Report of the veterinary officer investigating camel disease
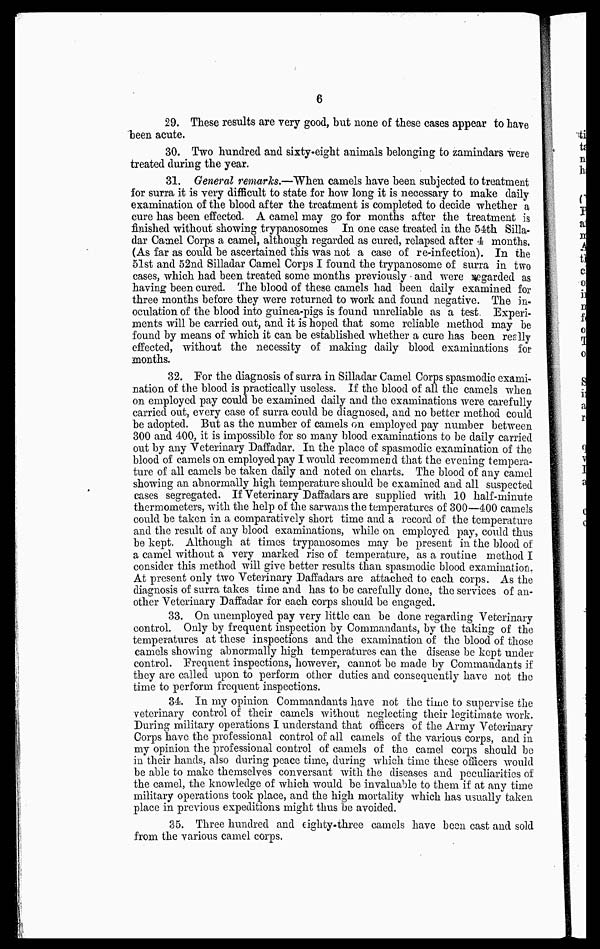
6
29. These results are very good, but none of these oases appear to have
been acute.
30. Two hundred and sixty-eight animals belonging to zaniindars were
treated during the year.
31. General remarks.—"When camels have been subjected to treatment
for surra it is very difficult to state for how long it is necessary to make daily
examination of the blood after the treatment is completed to decide whether a
cure has been effected. A camel may go for months after the treatment is
finished without showing trypanosomes In one case treated in the 54th Silla-
dar Camel Corps a camel, although regarded as cured, relapsed after 4 months.
(As far as could be ascertained this was not a case of re-infection). In the
51st and 52nd Silladar Camel Corps I found the trypanosome of surra in two
cases, which had been treated some months previously and were regarded as
having been cured. The blood of these camels had been daily examined for
three months before they were returned to work and found negative. The in-
oculation of the blood into guinea-pigs is found unreliable as a test Experi-
ments will be carried out, and it is hoped that some reliable method may be
found by means of which it can be established whether a cure has been reslly
effected, without the necessity of making daily blood examinations for
months.
32. For the diagnosis of surra in Silladar Camel Corps spasmodic exami-
nation of the blood is practically useless. If the blood of all the camels when
on employed pay could be examined daily and the examinations were carefully
carried out, every case of surra could be diagnosed, and no better method could
be adopted. But as the number of camels on employed pay number between
300 and 400, it is impossible for so many blood examinations to be daily carried
out by any Veterinary Daffadar. In the place of spasmodic examination of the
blood of camels on employed pay I would recommend that the evening tempera-
ture of all camels be taken daily and noted on charts. The blood of any camel
showing an abnormally high temperature should be examined and all suspected
cases segregated. If Veterinary Daffadars are supplied with 10 half-minute
thermometers, with the help of the sarwans the temperatures of 300—400 camels
could be taken in a comparatively short time and a record of the temperature
and the result of any blood examinations, while on employed pay, could thus
be kept. Although at times trypanosomes may be present in the blood of
a camel without a very marked rise of temperature, as a routine method I
consider this method will give better results than spasmodic blood examination.
At present only two Veterinary Daffadars are attached to each corps. As the
diagnosis of surra takes time and has to be carefully done, the services of an-
other Veterinary Daffadar for each corps should be engaged.
33. On unemployed pay very little can be done regarding Veterinary
control. Only by frequent inspection by Commandants, by the taking of the
temperatures at these inspections and the examination of the blood of those
camels showing abnormally high temperatures can the disease be kept under
control. Frequent inspections, however, cannot be made by Commandants if
they are called upon to perform other duties and consequently have not the
time to perform frequent inspections.
34. In my opinion Commandants have not the time to supervise the
veterinary control of their camels without neglecting their legitimate work.
During military operations I understand that officers of the Army Veterinary
Corps have the professional control of all camels of the various corps, and in
my opinion the professional control of camels of the camel corps should be
in their hands, also during peace time, during which time these officers would
be able to make themselves conversant with the diseases and peculiarities of
the camel, the knowledge of which would be invaluable to them if at any time
military operations took place, and the high mortality which has usually taken
place in previous expeditions might thus be avoided.
35. Three hundred and eighty-three camels have been cast and sold
from the various camel corps.